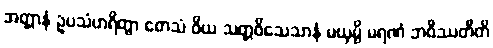
အတ္တာနံ ဥပသံဟရိတွာ တေသံ ဝိယ သတ္တဝိသေသာနံ မယှမ္ပိ မရဏံ ဘဝိဿတီတိ